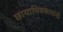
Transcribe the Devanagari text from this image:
छायाचित्रकारांनी